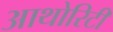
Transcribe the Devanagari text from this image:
आथोरिटी